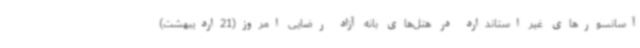
آسانسورهای غیر استاندارد در هتل‌های بانه آزاد رضایی امروز(21اردیبهشت)